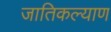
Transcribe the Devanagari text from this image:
जातिकल्याण